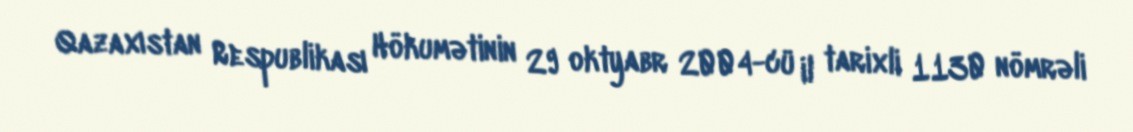
Qazaxıstan Respublikası Hökumətinin 29 oktyabr 2004-cü il tarixli 1130 nömrəli